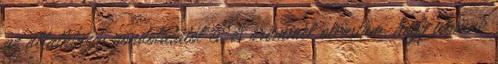
az állatkínzás gondolatától is, és örömmel olvastam, hogy vannak